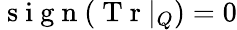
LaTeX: \mathrm{~s~i~g~n~}(\mathrm{~T~r~}|_{Q})=0